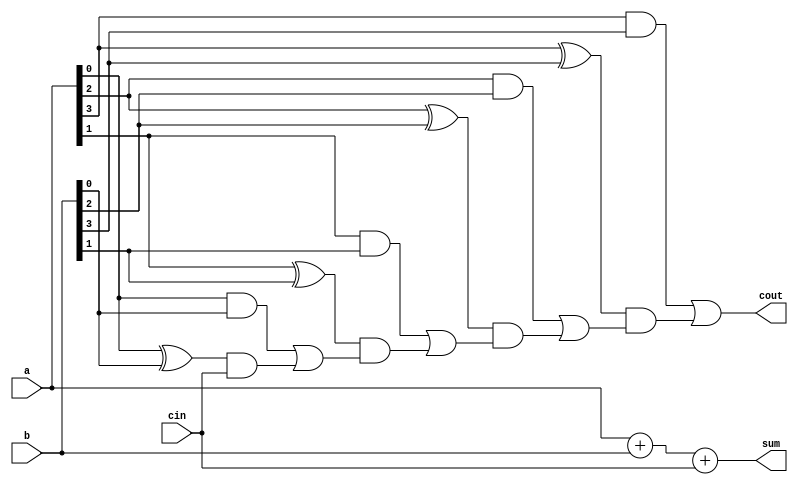
module carry_skip_lookahead_adder (
    input wire [3:0] a,
    input wire [3:0] b,
    input wire cin,
    output reg [3:0] sum,
    output reg cout
);

wire [3:0] c_in;
wire [3:0] g;
wire [3:0] p;
wire [3:0] c_out;

assign c_in[0] = cin;
assign g[0] = a[0] & b[0];
assign p[0] = a[0] ^ b[0];
assign c_out[0] = g[0] | (p[0] & c_in[0]);

genvar i;
generate
    for (i = 1; i < 4; i = i+1) begin : carryselect
        assign c_in[i] = g[i-1] | (p[i-1] & c_in[i-1]);
        assign g[i] = a[i] & b[i];
        assign p[i] = a[i] ^ b[i];
        assign c_out[i] = g[i] | (p[i] & c_in[i]);
    end
endgenerate

assign sum = a + b + cin;
assign cout = c_out[3];

endmodule